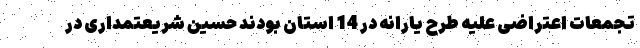
تجمعات اعتراضی علیه طرح یارانه در 14 استان بودند حسین شریعتمداری در